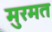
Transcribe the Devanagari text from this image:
मुरमत